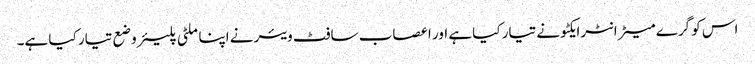
اس کو گرے میٹر انٹرایکٹو نے تیار کیا ہے اور اعصاب سافٹ ویئر نے اپنا ملٹی پلیئر وضع تیار کیا ہے۔